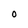
Character: O